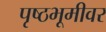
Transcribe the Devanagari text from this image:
पृष्ठभूमीवर